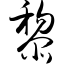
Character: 黎